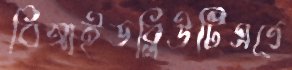
বিআইডব্লিউটিএতে